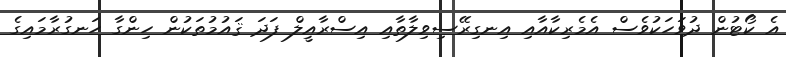
އެ ކޯޓުން ދުވަހަކުވެސް އެމެރިކާއާއި އިނގިރޭސިވިލާތާއި އިސްރާއީލް ފަދަ ޤައުމުތަކުން ހިންގާ ހަނގުރާމައިގެ